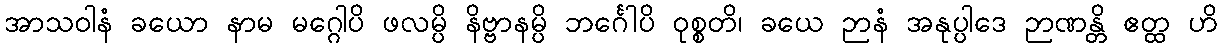
အာသဝါနံ ခယော နာမ မဂ္ဂေါပိ ဖလမ္ပိ နိဗ္ဗာနမ္ပိ ဘင်္ဂေါပိ ဝုစ္စတိ၊ ခယေ ဉာနံ အနုပ္ပါဒေ ဉာဏန္တိ ဧတ္ထ ဟိ